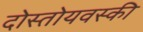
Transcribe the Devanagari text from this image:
दोस्तोयवस्की